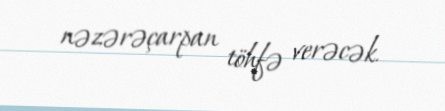
nəzərəçarpan töhfə verəcək.